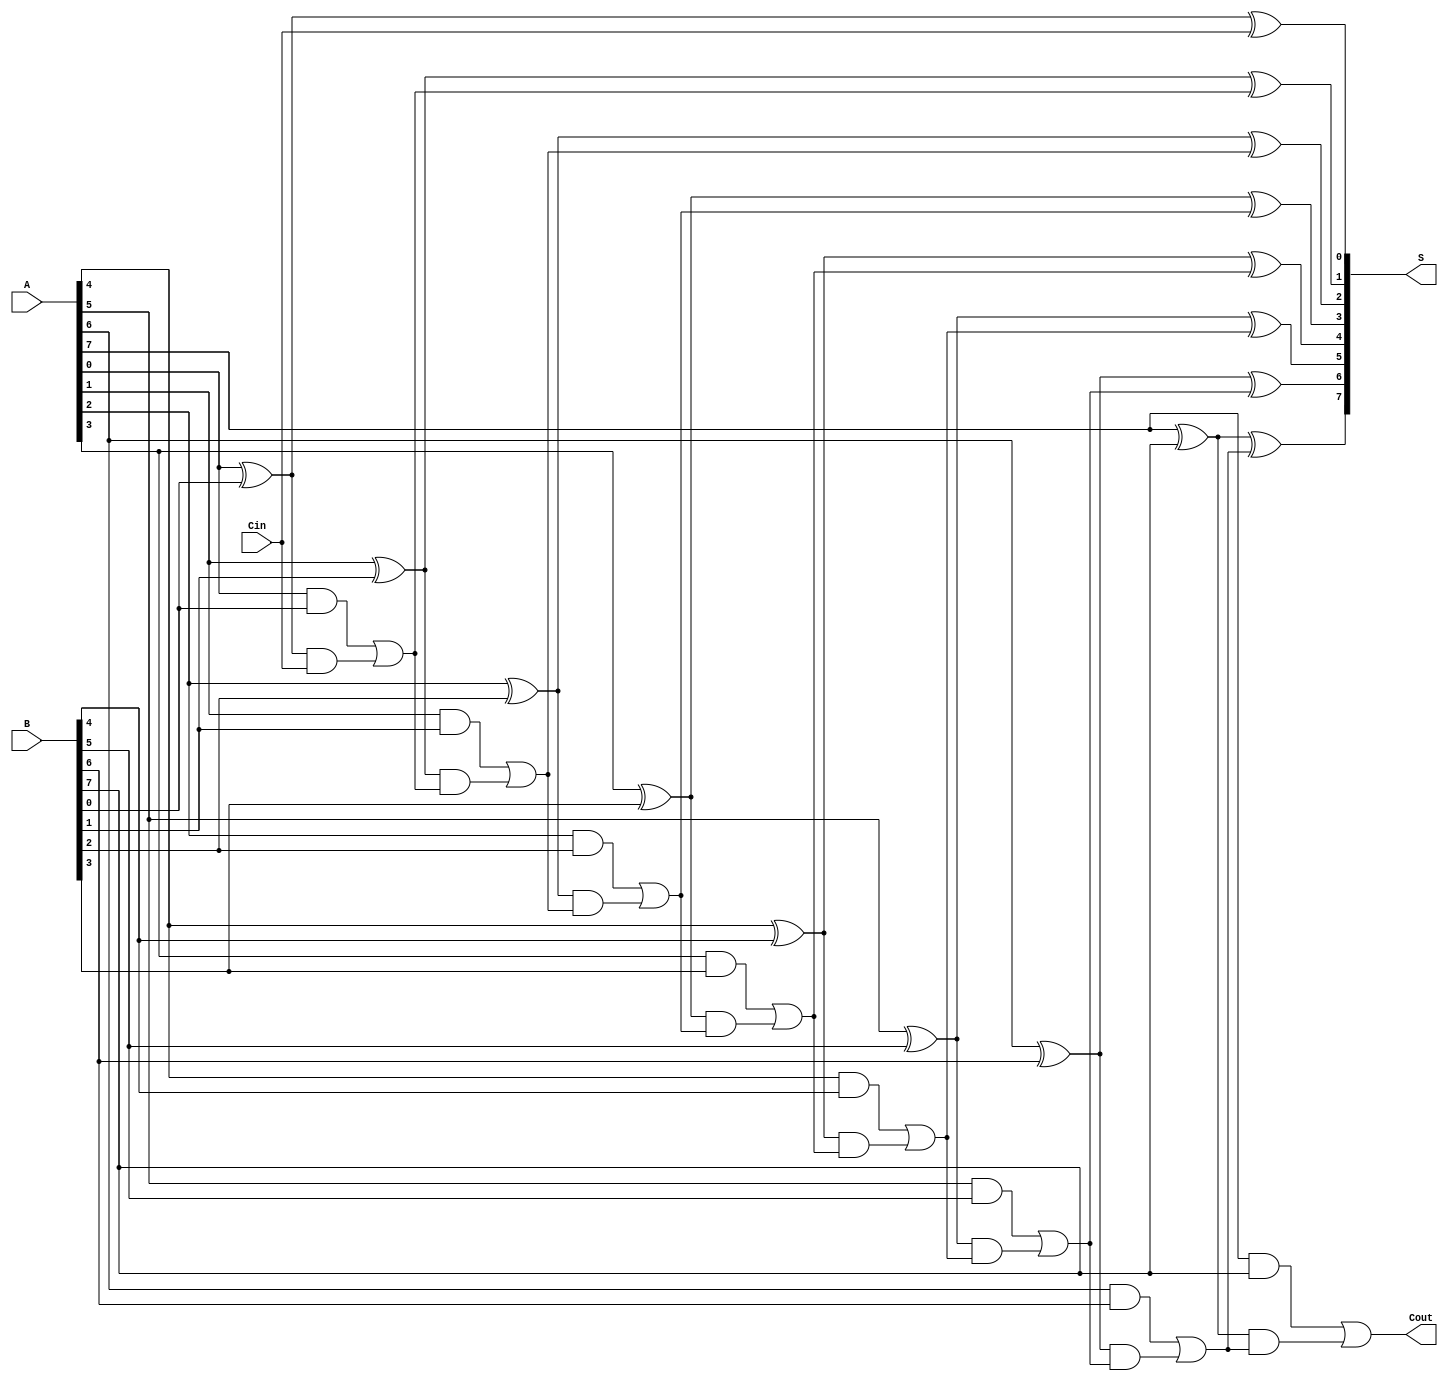
module brent_kung_adder #(
    parameter N = 8  // Width of the operands
)(
    input [N-1:0] A,    // First operand
    input [N-1:0] B,    // Second operand
    input Cin,          // Carry-in
    output [N-1:0] S,   // Sum output
    output Cout         // Carry-out
);

    wire [N-1:0] G;    // Generate signals
    wire [N-1:0] P;    // Propagate signals
    wire [N:0] C;      // Carry signals (C[0] = Cin)

    // Generate and Propagate calculations
    generate
        genvar i;
        for (i = 0; i < N; i = i + 1) begin : gp_generation
            assign G[i] = A[i] & B[i];       // Generate
            assign P[i] = A[i] ^ B[i];       // Propagate
        end
    endgenerate

    // Carry signal initialization
    assign C[0] = Cin;

    // First stage of the prefix tree
    generate
        for (i = 0; i < N/2; i = i + 1) begin : first_stage
            assign C[2*i + 1] = G[2*i] | (P[2*i] & C[2*i]);
            assign C[2*i + 2] = G[2*i + 1] | (P[2*i + 1] & C[2*i + 1]);
        end
    endgenerate

    // Second stage of the prefix tree
    generate
        for (i = 1; i < N/4; i = i + 1) begin : second_stage
            assign C[4*i + 1] = G[4*i] | (P[4*i] & C[4*i]);
            assign C[4*i + 2] = G[4*i + 1] | (P[4*i + 1] & C[4*i + 1]);
            assign C[4*i + 3] = G[4*i + 2] | (P[4*i + 2] & C[4*i + 2]);
        end
    endgenerate

    // Compute the final carry-out
    assign Cout = G[N-1] | (P[N-1] & C[N-1]);

    // Sum calculations
    generate
        for (i = 0; i < N; i = i + 1) begin : sum_calculation
            assign S[i] = P[i] ^ C[i];  // Sum
        end
    endgenerate

endmodule